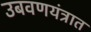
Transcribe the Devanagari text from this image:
उबवणयंत्रात